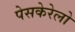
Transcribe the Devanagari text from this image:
पेसकेरेलो